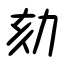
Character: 劾